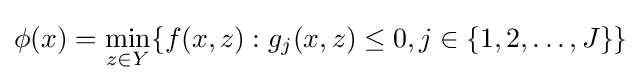
\phi (x)=\min \limits _{z\in Y}\{f(x,z):g_{j}(x,z)\leq 0,j\in \{1,2,\ldots ,J\}\}